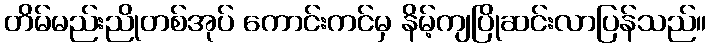
တိမ်မည်းညိုတစ်အုပ် ကောင်းကင်မှ နိမ့်ကျပြိုဆင်းလာပြန်သည်။